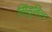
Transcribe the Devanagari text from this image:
सिंड्रहिल